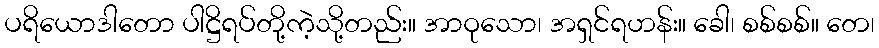
ပရိယောဒါတော ပါဋ္ဌိရပ်တို့ကဲ့သို့တည်း။ အာဝုသော၊ အရှင်ရဟန်း။ ခေါ၊ စစ်စစ်။ တေ၊